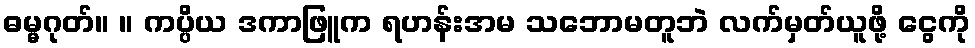
ဓမ္မဂုတ်။ ။ ကပ္ပိယ ဒကာဖြူက ရဟန်းအမ သဘောမတူဘဲ လက်မှတ်ယူဖို့ ငွေကို